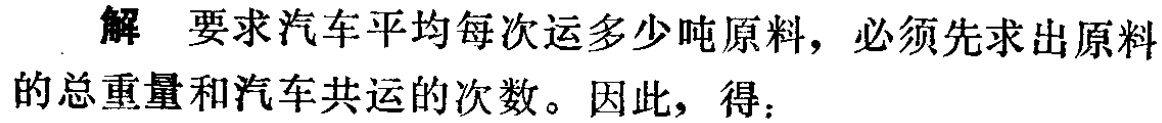
解 要求汽车平均每次运多少吨原料，必须先求出原料的总重量和汽车共运的次数。因此，得：